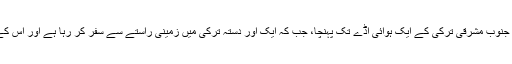
یہ دستہ ہوائی جہاز کے ذریعے عراق سے جنوب مشرقی ترکی کے ایک ہوائی اڈے تک پہنچا، جب کہ ایک اور دستہ ترکی میں زمینی راستے سے سفر کر رہا ہے اور اس کے پاس توپ خانے سمیت بھاری اسلحہ ہے۔